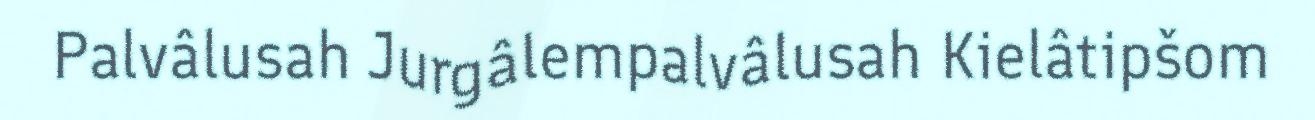
Palvâlusah Jurgâlempalvâlusah Kielâtipšom